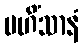
မဟိံသာနံ